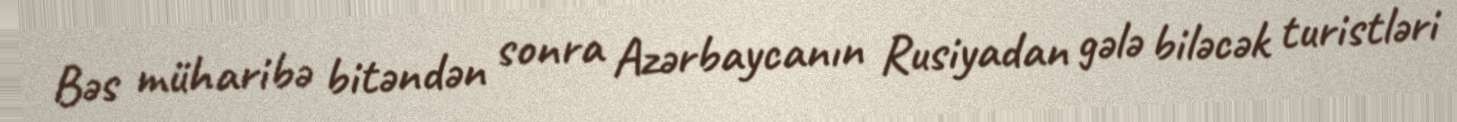
Bəs müharibə bitəndən sonra Azərbaycanın Rusiyadan gələ biləcək turistləri